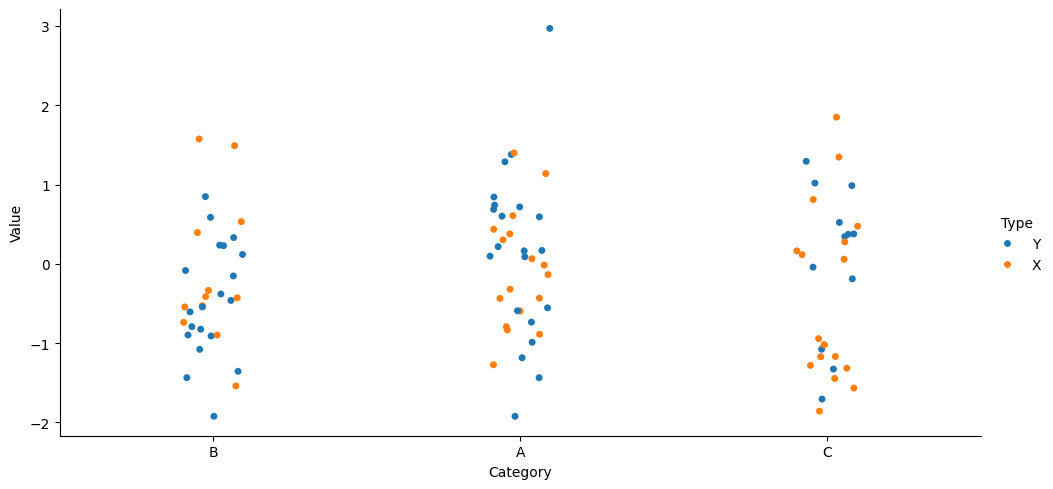
python, seaborn, catplot, kind='strip', height=5, aspect=2